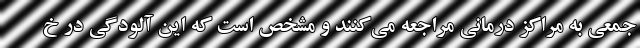
جمعی به مراکز درمانی مراجعه می‌کنند و مشخص است که این آلودگی در خ